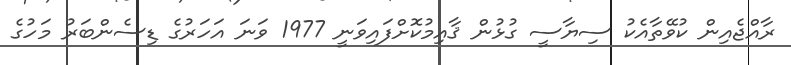
ރާއްޖެއިން ކުވޭތާއެކު ސިޔާސީ ގުޅުން ޤާއިމުކޮށްފައިވަނީ 1977 ވަނަ އަހަރުގެ ޑިސެންބަރު މަހުގެ